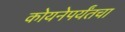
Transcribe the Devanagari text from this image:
कोयनेपर्यंतचा